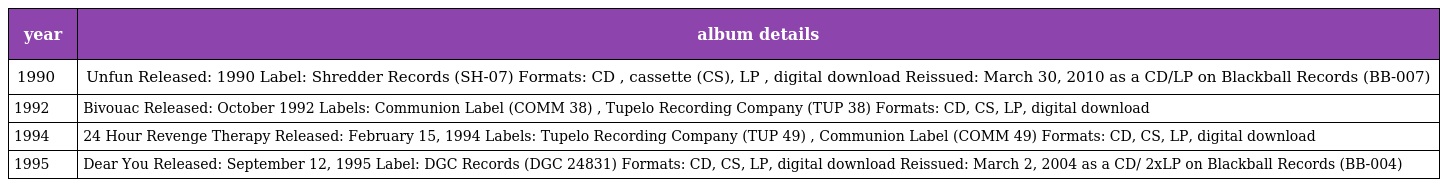
| year | album details |
 | --- | --- |
 | 1990 | Unfun Released: 1990 Label: Shredder Records (SH-07) Formats: CD , cassette (CS), LP , digital download Reissued: March 30, 2010 as a CD/LP on Blackball Records (BB-007) |
 | 1992 | Bivouac Released: October 1992 Labels: Communion Label (COMM 38) , Tupelo Recording Company (TUP 38) Formats: CD, CS, LP, digital download |
 | 1994 | 24 Hour Revenge Therapy Released: February 15, 1994 Labels: Tupelo Recording Company (TUP 49) , Communion Label (COMM 49) Formats: CD, CS, LP, digital download |
 | 1995 | Dear You Released: September 12, 1995 Label: DGC Records (DGC 24831) Formats: CD, CS, LP, digital download Reissued: March 2, 2004 as a CD/ 2xLP on Blackball Records (BB-004) |